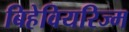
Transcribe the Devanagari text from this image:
बिहेवियरिज्म